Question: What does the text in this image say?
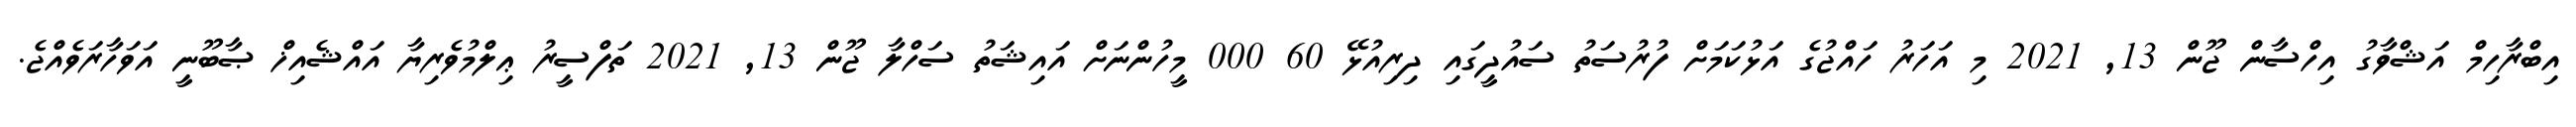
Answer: އިބްރާހިމް އަޝްވާގު އިހްސާން ޖޫން 13, 2021 މި އަހަރު ހައްޖުގެ އަޅުކަމަށް ފުރުސަތު ސައުދީގައި ދިރިއުޅޭ 60 000 މީހުންނަށް އައިޝަތު ސަހްލާ ޖޫން 13, 2021 ތަފްސީރު ޢިލްމުވެރިޔާ އައްޝެއިޚް ޞާބޫނީ އަވަހާރަވެއްޖެ.